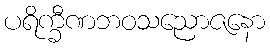
ပရိက္ခီဏဘဝသညောဇနော